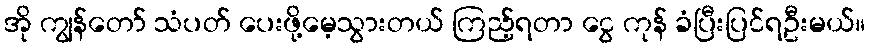
အို ကျွန်တော် သံပတ် ပေးဖို့မေ့သွားတယ် ကြည့်ရတာ ငွေ ကုန် ခံပြီးပြင်ရဦးမယ်။